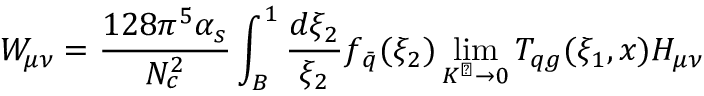
W _ { \mu \nu } = \frac { 1 2 8 \pi ^ { 5 } \alpha _ { s } } { N _ { c } ^ { 2 } } \int _ { B } ^ { 1 } \frac { d { \xi _ { 2 } } } { \xi _ { 2 } } f _ { \bar { q } } ( \xi _ { 2 } ) \operatorname * { l i m } _ { K ^ { \perp } \rightarrow 0 } T _ { q g } ( \xi _ { 1 } , x ) H _ { \mu \nu }